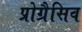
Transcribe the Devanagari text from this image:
प्रोग्रैसिव